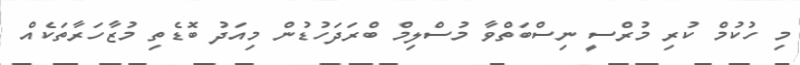
މި ހުކުމް ކުރި މުރްސީ ނިސްބަތްވާ މުސްލިމް ބްރަދަހުޑުން މިއަދު ބޮޑެތި މުޒާހަރާތަކެއް